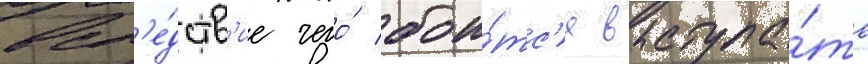
всл'е́дств'ие чего́ бои́тс'я выступа́ть